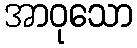
အာဝုသော